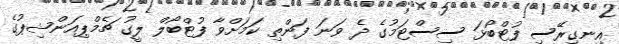
އިނގިރޭސި ފުޓްބޯޅަ ސިސްޓަމުގެ ދެ ވަނަ ފަންތި ކަމަށްވާ ފުޓްބޯލް ލީގު ޗެމްޕިއަންޝިޕުގެ